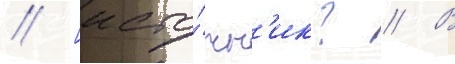
// [исто́чн'ик? // В